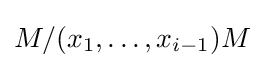
M/(x_{1},\dots ,x_{i-1})M